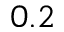
0 . 2